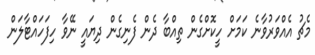
މެޗު އެއްވަރުވާނެ ކަމަށް ހީކޮށްގެން ތިއްބާ ދެން ފެނިގެން ދިޔައީ ނޭވާ ހިފަހައްޓާލަން